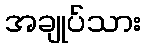
အချုပ်သား